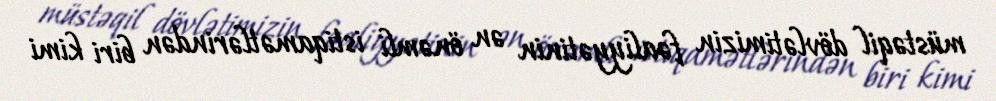
müstəqil dövlətimizin fəaliyyətinin ən önəmli istiqamətlərindən biri kimi